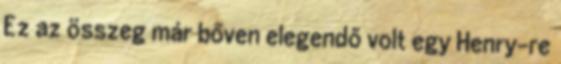
Ez az összeg már bőven elegendő volt egy Henry-re